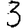
Digit: 3